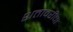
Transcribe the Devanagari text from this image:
शतावरीचा